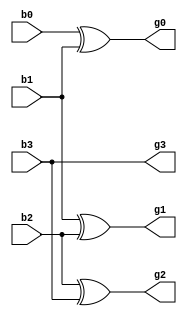
`timescale 1ns / 1ps
//////////////////////////////////////////////////////////////////////////////////
// Company: 
// Engineer: 
// 
// Design Name: 
// Module Name: bin_gra
// Project Name: 
// Target Devices: 
// Tool Versions: 
// Description: 
// 
// Dependencies: 
// 
// Revision:
// Revision 0.01 - File Created
// Additional Comments:
// 
//////////////////////////////////////////////////////////////////////////////////


module bin_gra(
    input b3,b2,b1,b0,
    output g3,g2,g1,g0
    );
    assign g0 = b0^b1;
    assign g1 = b1^b2;
    assign g2 = b2^b3;
    assign g3 = b3;
endmodule